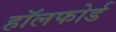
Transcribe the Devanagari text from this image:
हॉलफोर्ड